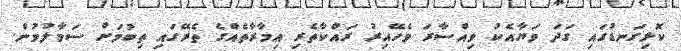
ކޮޅިގަނޑުގައި ގަދަ ވަޔާއެކު ވިއްސާރަ ވެހޭއިރު ރައްކާތެރި އިމާރާތެއްގެ ތެރޭގައި ތިބުމަށް ސަމާލުވުން.